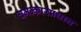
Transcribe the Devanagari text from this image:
चमत्कारप्रधान